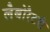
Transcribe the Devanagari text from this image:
लैबोरैटरी